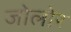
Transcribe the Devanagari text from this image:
जोलोर